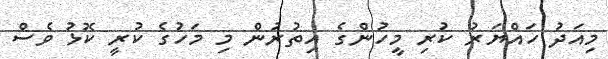
މިއަދު ހައްޔަރު ކުރި މީހުންގެ އިތުރުން މި މަހުގެ ކުރީ ކޮޅު ވެސް